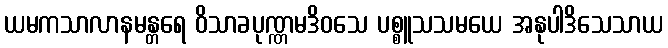
ယမကသာလာနမန္တရေ ဝိသာခပုဏ္ဏမဒိဝသေ ပစ္စူသသမယေ အနုပါဒိသေသာယ